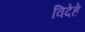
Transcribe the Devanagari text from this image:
विदेहे